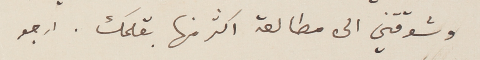
وشوقتني الى مطالعة اكثر منها بقلمك. ارجو